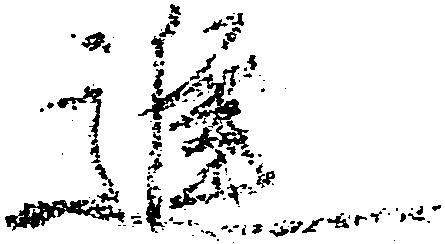
進